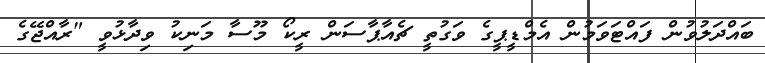
ބައްދަލުވުން ފައްޓަވަމުން އެމްޑީޕީގެ ވަގުތީ ޗެއާޕާސަން ރީކޯ މޫސާ މަނިކު ވިދާޅުވީ "ރާއްޖޭގެ